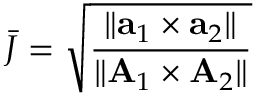
\bar { J } = \sqrt { \frac { \| { \bf { a } } _ { 1 } \times { \bf { a } } _ { 2 } \| } { \| { \bf { A } } _ { 1 } \times { \bf { A } } _ { 2 } \| } }